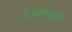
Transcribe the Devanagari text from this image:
न्ज्फ्ज्ब्स्ब